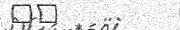
٣٤